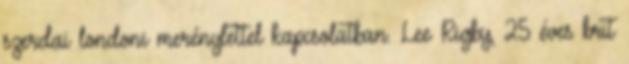
szerdai londoni merénylettel kapcsolatban. Lee Rigby, 25 éves brit